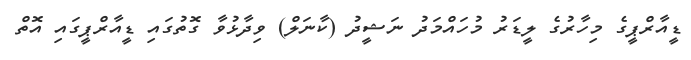
ޑީއާރްޕީގެ މިހާރުގެ ލީޑަރު މުހައްމަދު ނަޝީދު (ކާނަލް) ވިދާޅުވާ ގޮތުގައި ޑީއާރްޕީގައި އޮތް